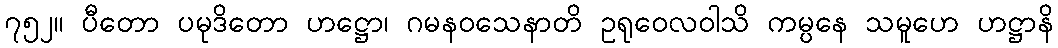
၇၅၂။ ပီတော ပမုဒိတော ဟဋ္ဌော၊ ဂမနဝသေနာတိ ဥရုဝေလဝါသိ ကမ္ပနေ သမူဟေ ဟဋ္ဌာနိ